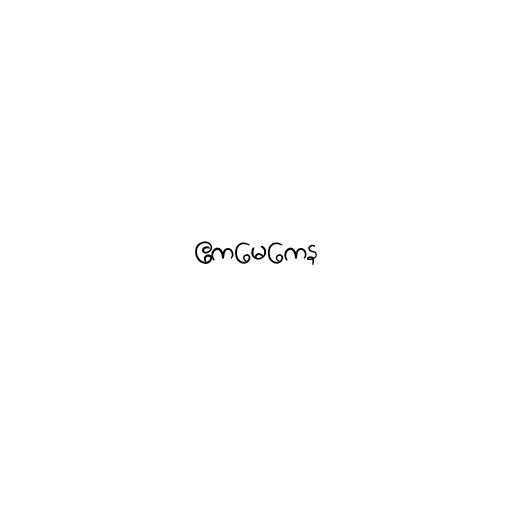
ဧကမေကေန